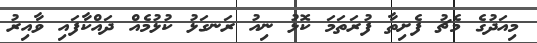
މިއަދުގެ މެޗު ފެށިތާ ފުރަތަމަ ކޮޅު ނިއު ރަނގަޅު ކުޅުމެއް ދައްކާފައި ވާއިރު